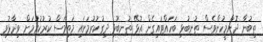
ތިބުނާ ދޮންމީހުންވެސް ތުނބުޅި ބަހައްޓައިގެން އުޅޭ ތުނބުޅި ދިގުކުރުމަށައި މަތިމަސް ކުރުކުރުމަށް ވިދާޅުވި